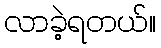
လာခဲ့ရတယ်။